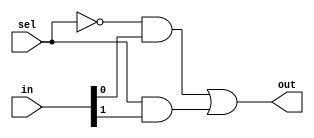
module MUX_SMALL(sel, in, out);
    input sel;
    input[1:0] in;
    output out;

    assign out = (~sel & in[0]) | (sel & in[1]);
endmodule